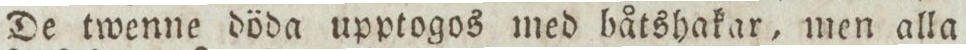
De twenne döda upptogos med båtshakar, men alla